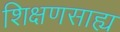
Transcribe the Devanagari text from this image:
शिक्षणसाह्य